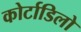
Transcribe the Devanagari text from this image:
कोर्टाडिलो